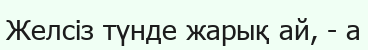
Желсіз түнде жарық ай, - а